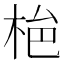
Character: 𭩾